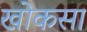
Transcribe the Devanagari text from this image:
खोकसा